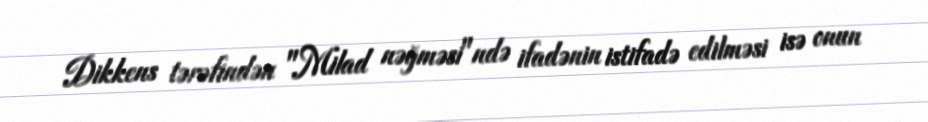
Dikkens tərəfindən "Milad nəğməsi"ndə ifadənin istifadə edilməsi isə onun